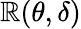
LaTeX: \mathbb{R}(\theta,\delta)